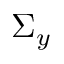
\Sigma _ { y }